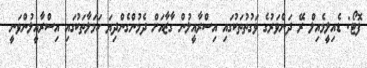
ފޮޓޯ: ޑެއިލީމެއިލް ރޭ ދަންވަރުގެ ވަގުތުތަކުގައި އިސްރާއީލުން ގާޒާއަށް ދެމުންގެންދިޔަ ހަމަލާތަކުގައި އިސްރާއީލުންވަނީ